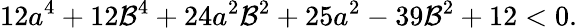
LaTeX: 12a^{4}+12\mathcal{B}^{4}+24a^{2}\mathcal{B}^{2}+25a^{2}-39\mathcal{B}^{2}+12<0.